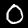
Label: 0